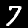
Digit: 7